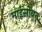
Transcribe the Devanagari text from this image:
माईसोबत